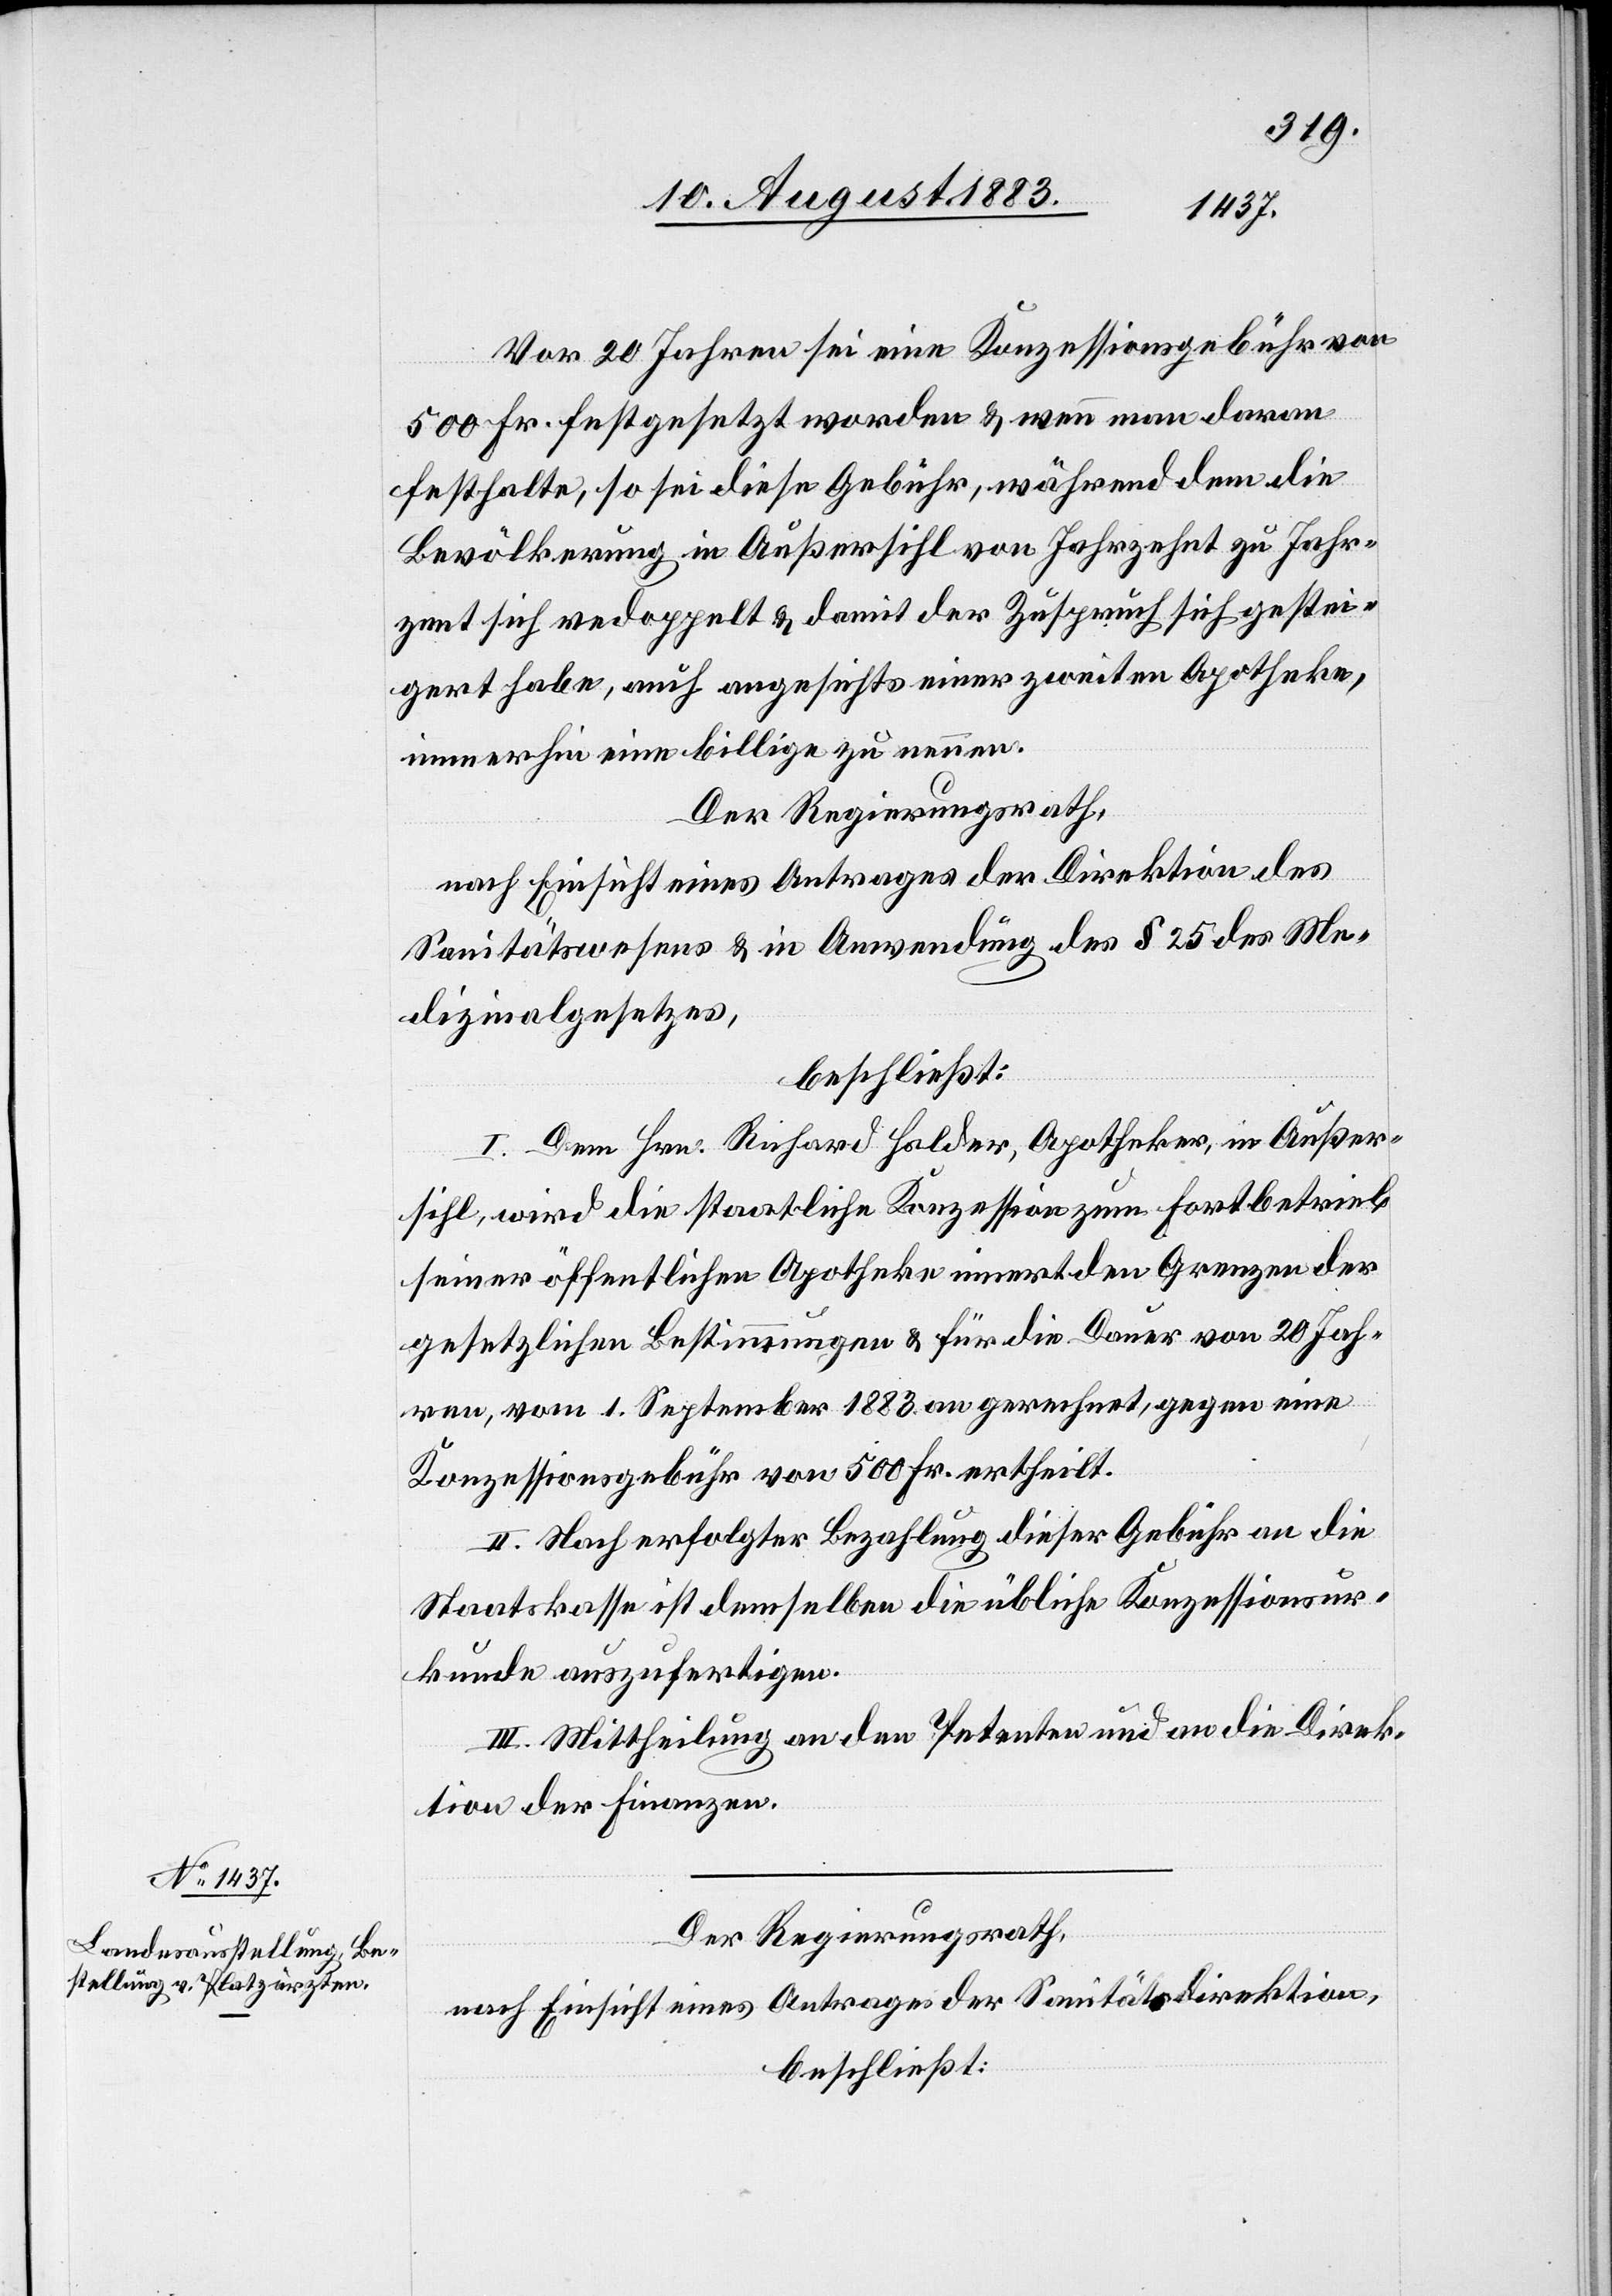
Vor 20 Jahren sei eine Konzessionsgebühr von
500 Fr. festgesetzt worden & wenn man daran
festhalte, so sei diese Gebühr, während dem die
Bevölkerung in Außersihl von Jahrzehnt zu Jahr¬
zehnt sich verdoppelt & damit der Zuspruch sich gestei¬
gert habe, auch angesichts einer zweiten Apotheke,
immerhin eine billige zu nennen.
Der Regierungsrath,
nach Einsicht eines Antrages der Direktion des
Sanitätswesens & in Anwendung des § 25 des Me¬
dizinalgesetzes,
beschließt:
I. Dem Hrn. Richard Halder, Apotheker, in Außer¬
sihl, wird die staatliche Konzession zum Fortbetrieb
seiner öffentlichen Apotheke innert den Grenzen der
gesetzlichen Bestimmungen & für die Dauer von 20 Jah¬
ren, vom 1. September 1883 an gerechnet, gegen eine
Konzessionsgebühr von 500 Fr. ertheilt.
II. Nach erfolgter Bezahlung dieser Gebühr an die
Staatskasse ist demselben die übliche Konzessionsur¬
kunde auszufertigen.
III. Mittheilung an den Petenten und an die Direk¬
tion der Finanzen.
Der Regierungsrath,
nach Einsicht eines Antrages der Sanitätsdirektion,
beschließt: